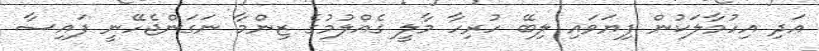
އަދި އިހުމާލަކުން ފިޔަވައި ލިބޭ ހުރިހާ މާލީ ގެއްލުމުގެ ޒިންމާ ނަގަންޖެހޭނީ ފައިސާ